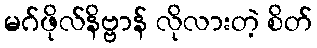
မဂ်ဖိုလ်နိဗ္ဗာန် လိုလားတဲ့ စိတ်